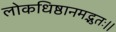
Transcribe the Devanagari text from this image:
लोकधिष्ठानमद्भुतः।।